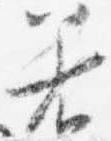
着